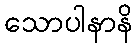
သောပါနာနိ